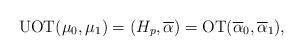
LaTeX: \begin{align*}{\rm UOT}(\mu_0,\mu_1) = (H_p,\overline{\alpha})= {\rm OT}(\overline{\alpha}_0,\overline{\alpha}_1),\end{align*}